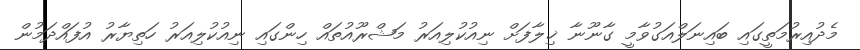
މެދުއިރުމަތީގައި ބައިނަލްއަގުވާމީ ގާނޫނާ ޚިލާފަށް ނިއުކުލިއަރު މަޝްރޫއުތައް ހިންގައި ނިއުކުލިއަރު ހަތިޔާރު އުފައްދަމުން